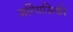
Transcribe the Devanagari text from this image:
मत्यिसिकी